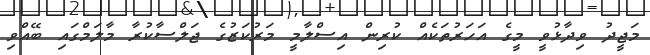
މަޖީދު ވިދާޅުވީ މީގެ އަހަރުތަކެއް ކުރިން އިސްލާމީ މަރުކަޒުގެ ޖަލްސާކުރާ މާލަމްގައި ބޭއްވި